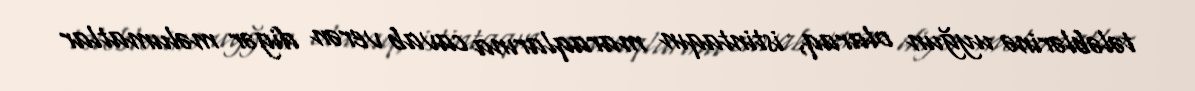
tələblərinə uyğun olaraq, istintaqın maraqlarına cavab verən digər məlumatlar